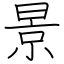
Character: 景